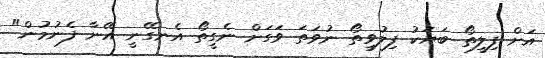
އަށް ފިލީތޯ ބަޔަކު ފިލުވީތޯ ނުވަތަ ވަގަށް ނެގީތޯ އެނގޭނީ އޭނާ ފެނުމުން"